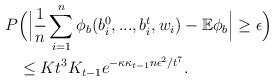
LaTeX: \begin{align*}P&\Big(\Big \lvert \frac{1}{n}\sum_{i=1}^n \phi_b(b^0_i, ..., b^{t}_i, w_{i}) - \mathbb{E} \phi_b \Big \lvert \geq \epsilon \Big) \\&\leq K t^3 K_{t-1} e^{-{\kappa \kappa_{t-1} n \epsilon^2}/{ t^7}}.\end{align*}